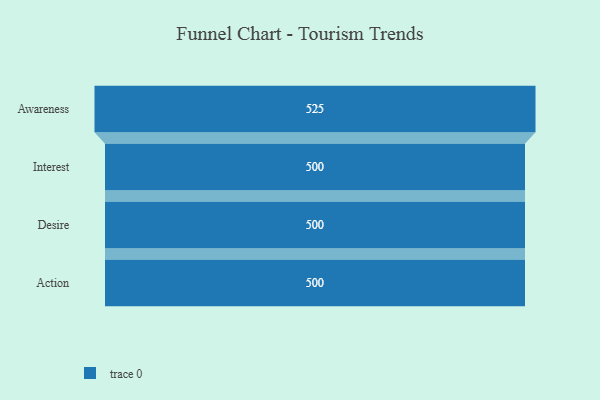
{"axis": {"x": "Stage", "y": "Value"}, "legend": [""], "data": [{"x": "Awareness", "y": 525.0, "type": ""}, {"x": "Interest", "y": 500, "type": ""}, {"x": "Desire", "y": 500, "type": ""}, {"x": "Action", "y": 500, "type": ""}]}